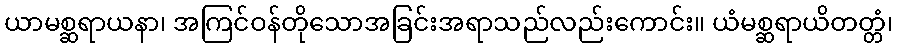
ယာမစ္ဆရာယနာ၊ အကြင်ဝန်တိုသောအခြင်းအရာသည်လည်းကောင်း။ ယံမစ္ဆရာယိတတ္တံ၊